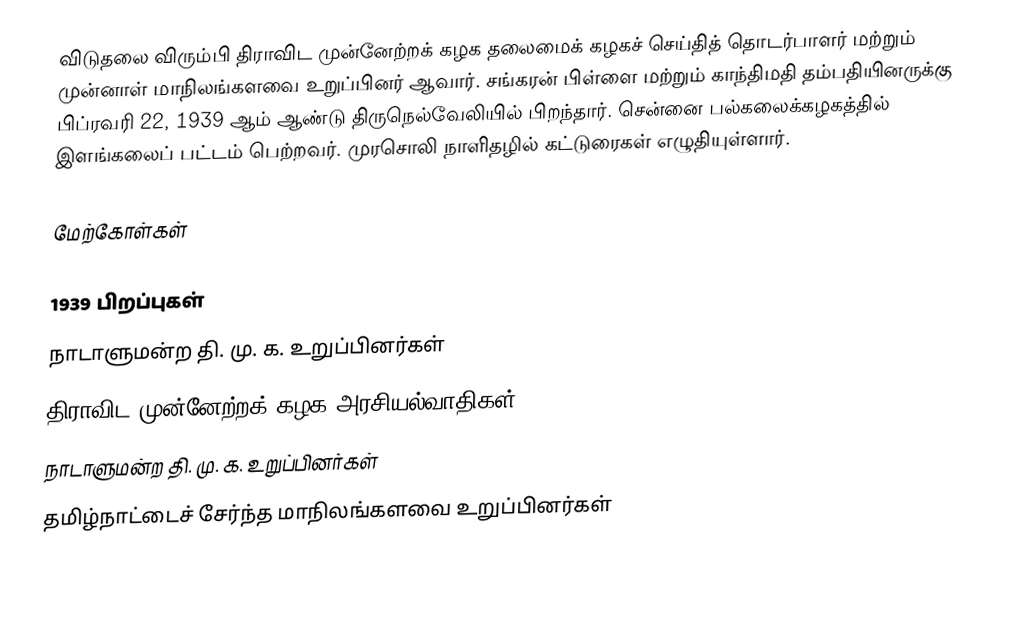
விடுதலை விரும்பி திராவிட முன்னேற்றக் கழக தலைமைக் கழகச் செய்தித் தொடர்பாளர் மற்றும் முன்னாள் மாநிலங்களவை உறுப்பினர் ஆவார். சங்கரன் பிள்ளை மற்றும் காந்திமதி தம்பதியினருக்கு பிப்ரவரி 22, 1939 ஆம் ஆண்டு திருநெல்வேலியில் பிறந்தார். சென்னை பல்கலைக்கழகத்தில் இளங்கலைப் பட்டம் பெற்றவர். முரசொலி நாளிதழில் கட்டுரைகள் எழுதியுள்ளார்.

மேற்கோள்கள்

1939 பிறப்புகள்
நாடாளுமன்ற தி. மு. க. உறுப்பினர்கள்
திராவிட முன்னேற்றக் கழக அரசியல்வாதிகள்
நாடாளுமன்ற தி. மு. க. உறுப்பினர்கள்
தமிழ்நாட்டைச் சேர்ந்த மாநிலங்களவை உறுப்பினர்கள்